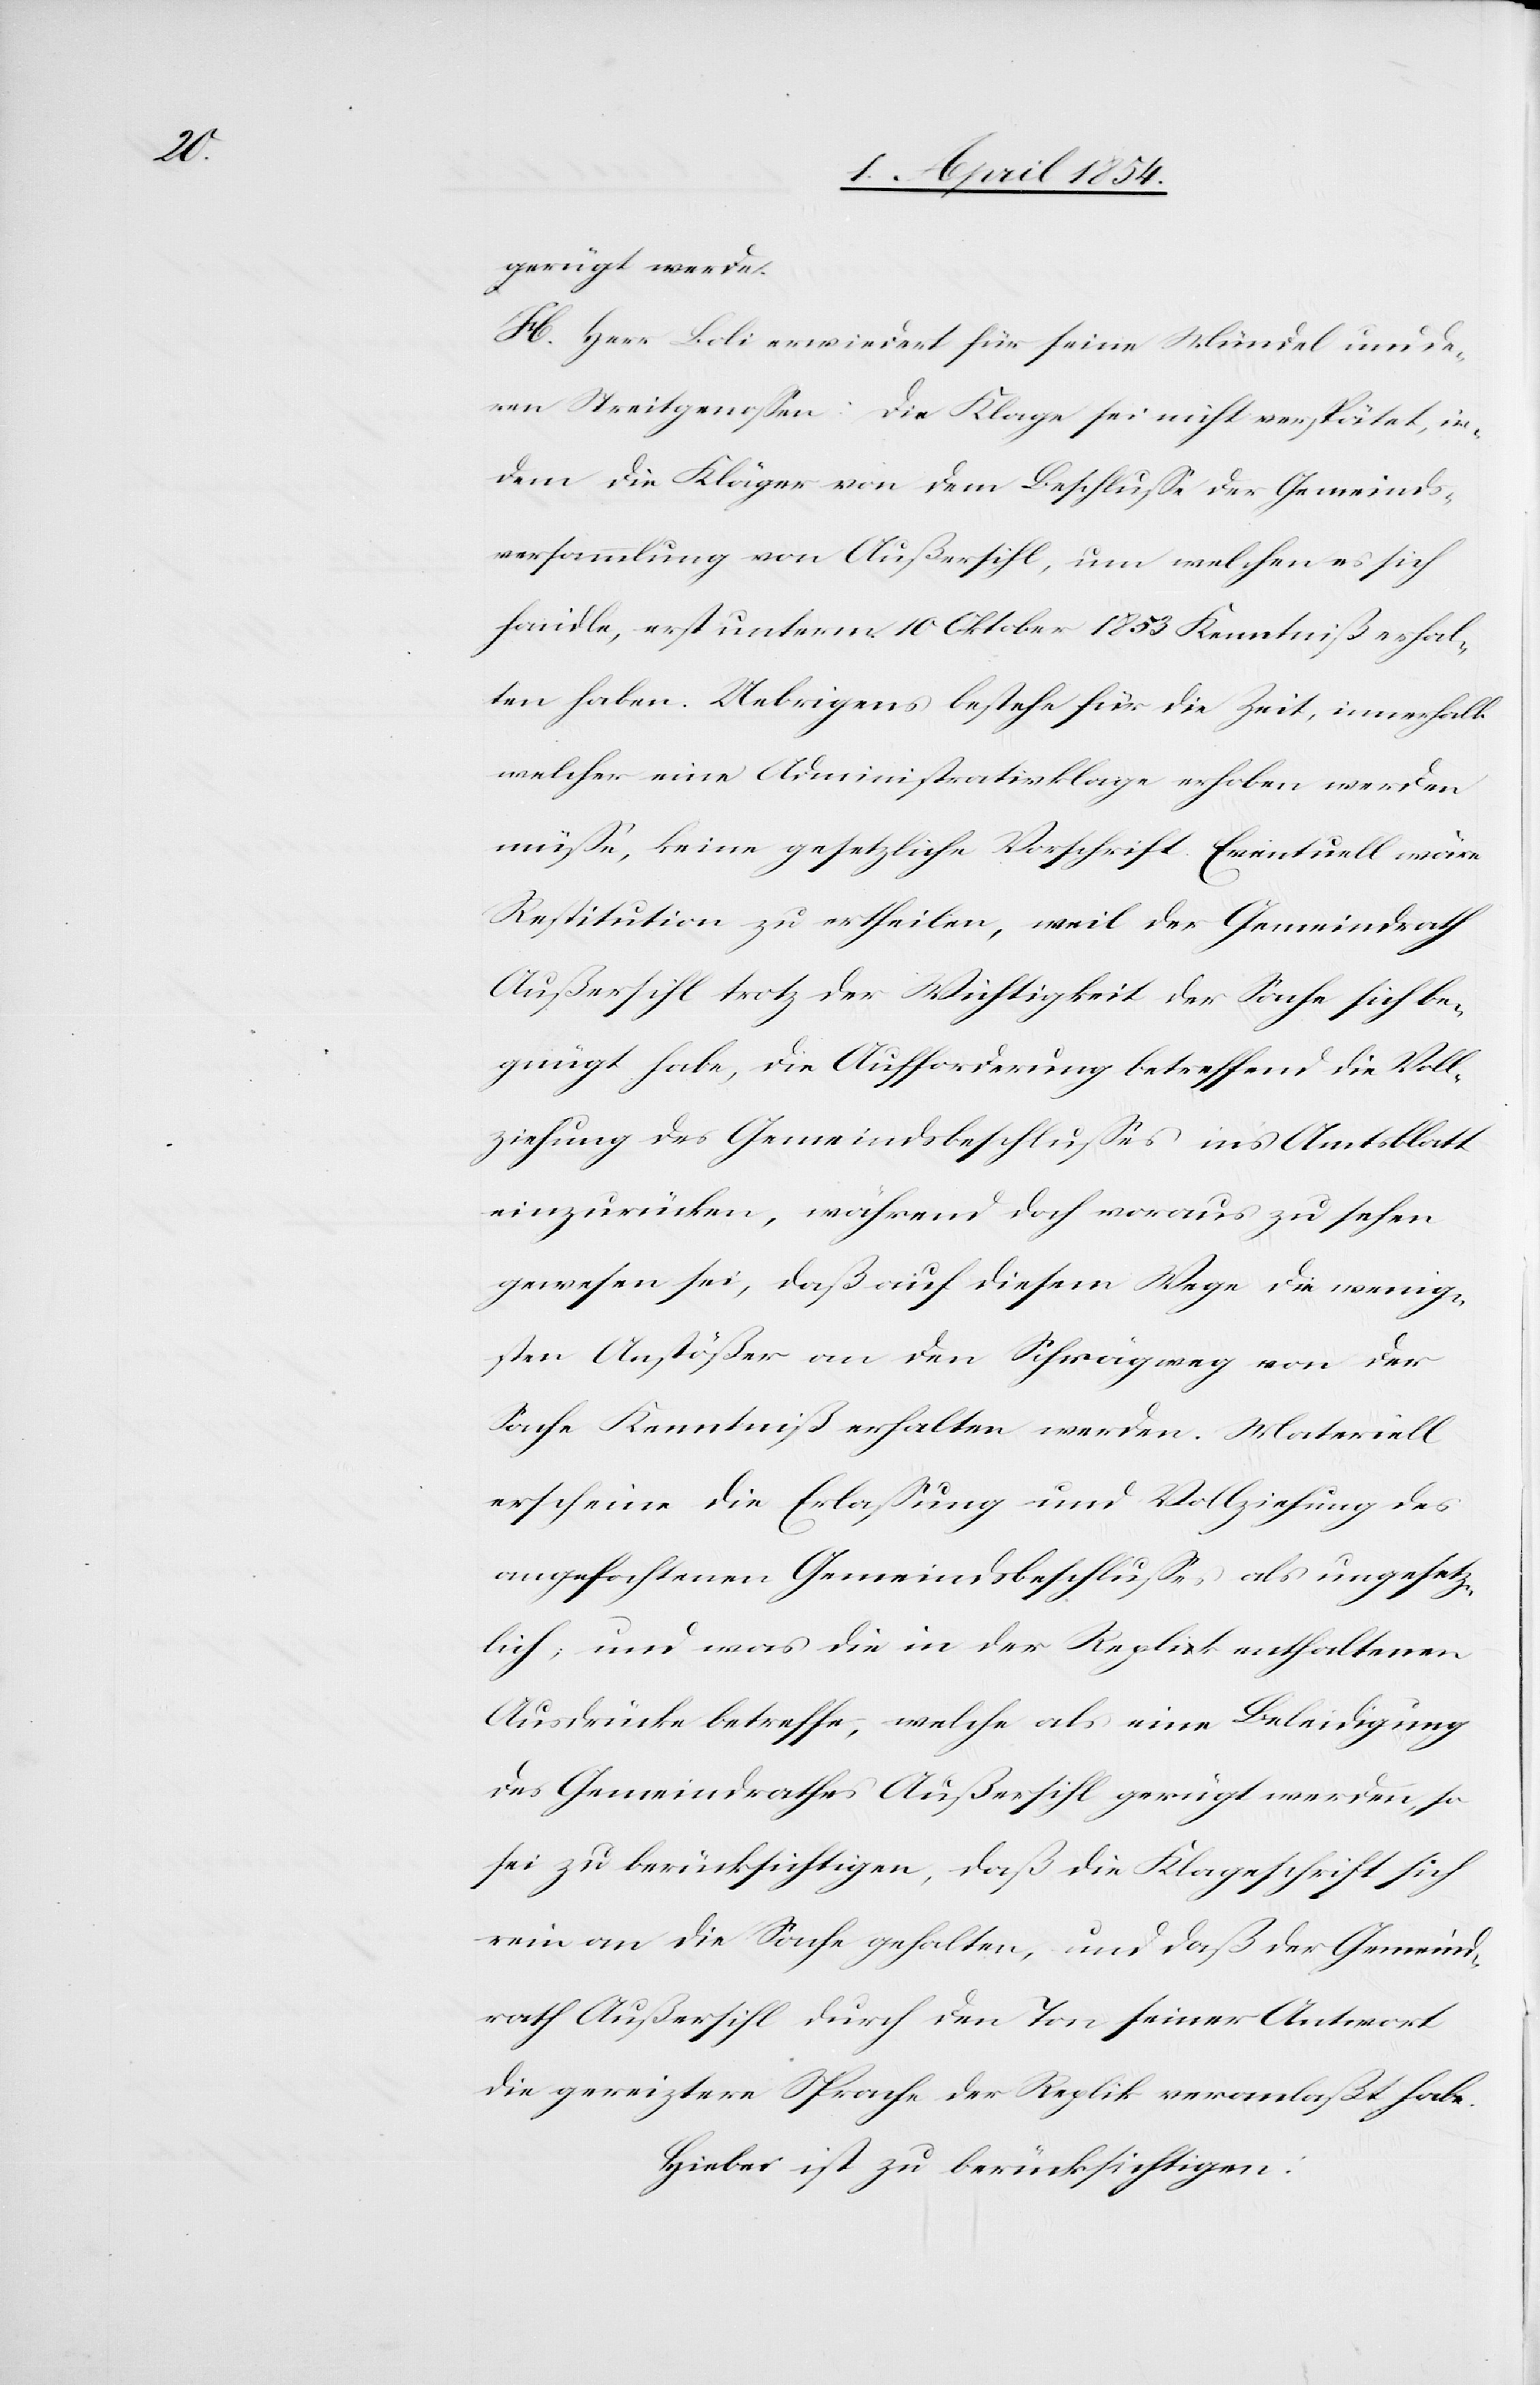
gerügt werde.
H. Herr Boli erwiedert für seine Mündel und de¬
ren Streitgenoßen: Die Klage sei nicht verspätet, in¬
dem die Kläger von dem Beschluße der Gemeinds¬
versammlung von Außersihl, um welchen es sich
handle, erst unterm 10 Oktober 1853 Kenntniß erhal¬
ten haben. Uebrigens bestehe für die Zeit, innerhalb
welcher eine Administrativklage erhoben werden
müße, keine gesetzliche Vorschrift. Eventuell wäre
Restitution zu ertheilen, weil der Gemeindrath
Außersihl trotz der Wichtigkeit der Sache sich be¬
gnügt habe, die Aufforderung betreffend die Voll¬
ziehung des Gemeindsbeschlußes ins Amtsblatt
einzurücken, während doch voraus zu sehen
gewesen sei, daß auf diesem Wege die wenig¬
sten Anstößer an den Schrägweg von der
Sache Kenntniß erhalten werden. Materiell
erscheine die Erlaßung und Vollziehung des
angefochtenen Gemeindsbeschlußes als ungesetz¬
lich; und was die in der Replik enthaltenen
Ausdrücke betreffe, welche als eine Beleidigung
des Gemeindrathes Außersihl gerügt werde, ja
sei zu berücksichtigen, daß die Klageschrift sich
rein an die Sache gehalten, und daß der Gemeind¬
rath Außersihl durch den Ton seiner Antwort
die gereiztere Sprache der Replik veranlaßt habe.
Hiebei ist zu berücksichtigen: